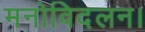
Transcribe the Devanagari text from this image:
मनोविदलन।